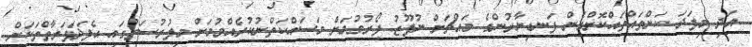
އަދި މިފަދަ ކަންތައްތައްކޮށްގެން ފަނޑިޔާރުންގެ މައްޗަށް ނުފޫޒު ފޯރުވުމަށް މަސައްކަތްނުކުރެއްވުމަށް މިފުރުސަތުގައި އެފަދަފަރާތްތަކަށް